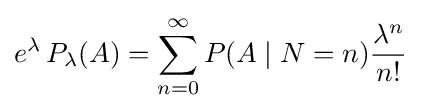
e^{\lambda }\,P_{\lambda }(A)=\sum _{n=0}^{\infty }P(A\mid N=n){\lambda ^{n} \over n!}